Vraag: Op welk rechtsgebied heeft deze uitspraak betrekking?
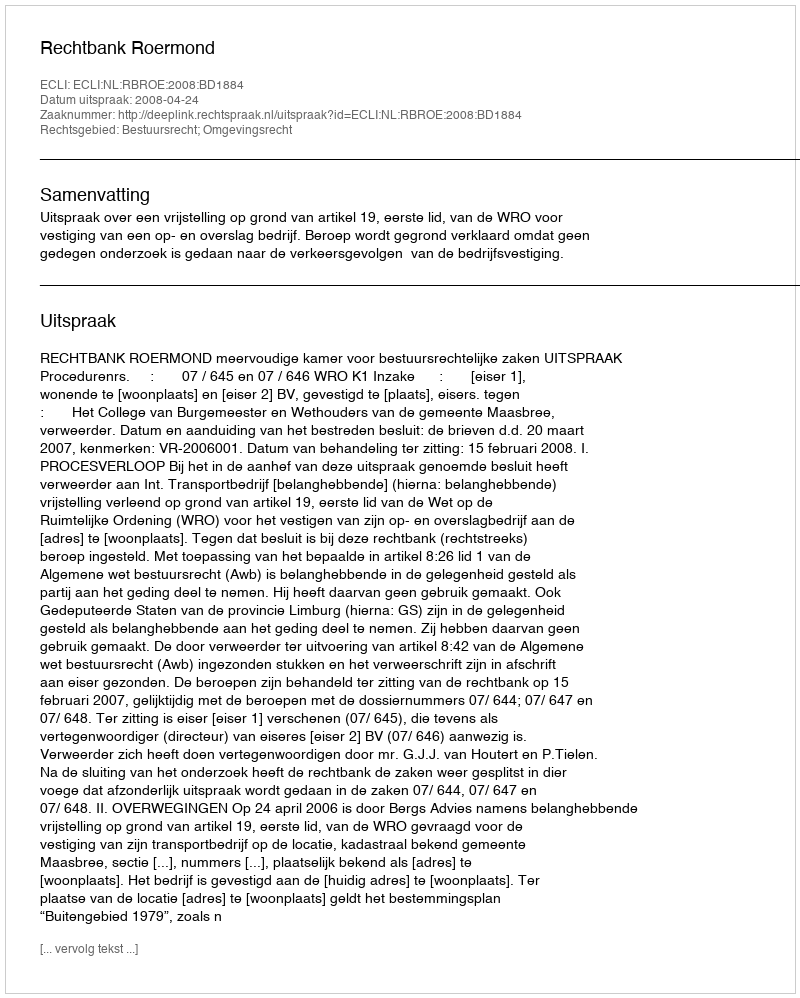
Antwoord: Bestuursrecht; Omgevingsrecht